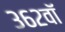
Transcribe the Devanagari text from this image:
३६२वॉ